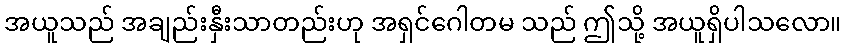
အယူသည် အချည်းနှီးသာတည်းဟု အရှင်ဂေါတမ သည် ဤသို့ အယူရှိပါသလော။